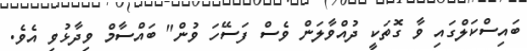
ބައިސްކަލްގައި ވާ ގޮތަކީ ދުއްވާލަން ވެސް ފަސޭހަ ވުން" ބައްސާމް ވިދާޅުވި އެވެ.